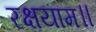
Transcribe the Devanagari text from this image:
रक्षयाम॥